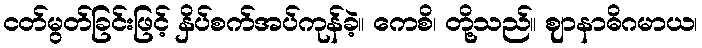
ငတ်မွတ်ခြင်းဖြင့် နှိပ်စက်အပ်ကုန်ခဲ့။ ကေစိ၊ တို့သည်။ ဈာနာဓိဂမာယ၊